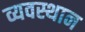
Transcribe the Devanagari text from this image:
व्यवस्थान